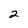
Character: 2